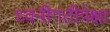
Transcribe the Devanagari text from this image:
ध्वनीगतीपेक्षा